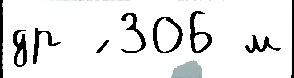
др ́ 306 м